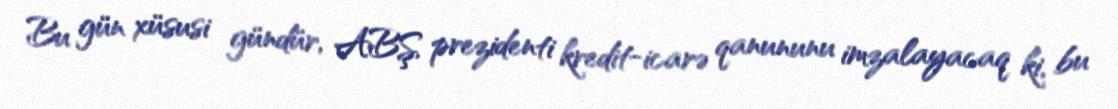
Bu gün xüsusi gündür, ABŞ prezidenti kredit-icarə qanununu imzalayacaq ki, bu